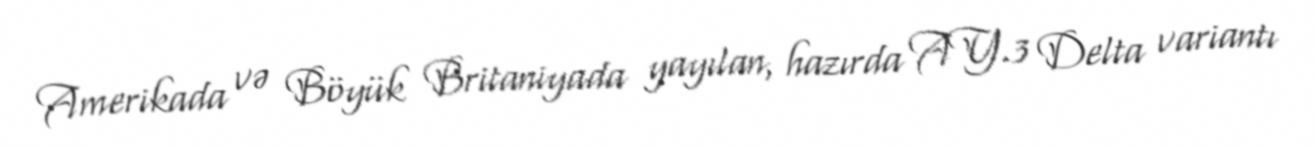
Amerikada və Böyük Britaniyada yayılan, hazırda AY.3 Delta variantı